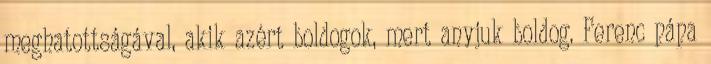
meghatottságával, akik azért boldogok, mert anyjuk boldog. Ferenc pápa